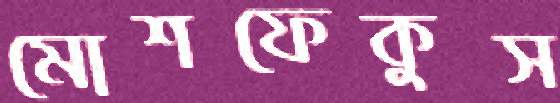
মোশফেকুস